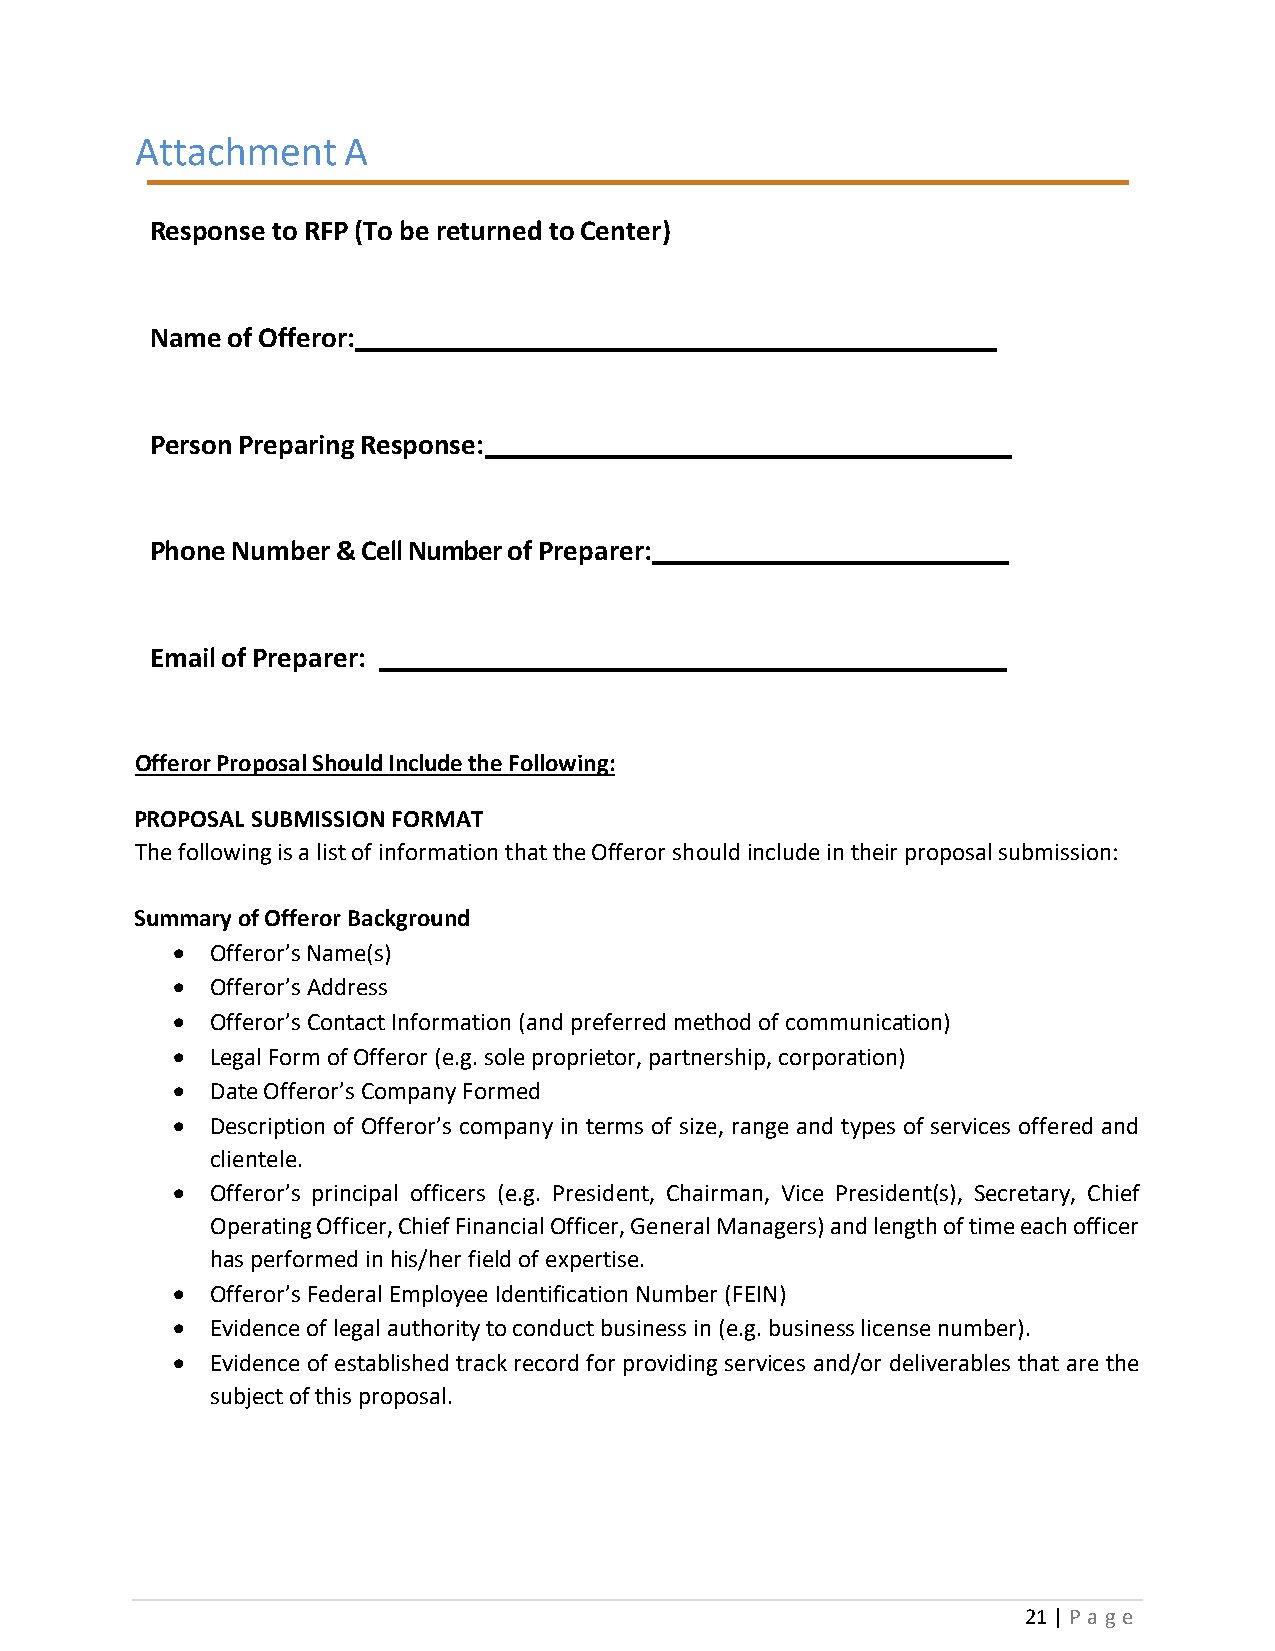
Attachment    A
 Response to RFP (To be returned to Center)
 Name of Offeror:
 Person Preparing Response:
 Phone Number & Cell Number of Preparer:
 Email of Preparer:
 Offeror Proposal Should Include the Following:
 PROPOSAL SUBMISSION FORMAT
 The following is a list of information that the Offeror should include in their proposal submission:
 Summary of Offeror Background
   Offeror’s Name(s)
   Offeror’s Address
   Offeror’s Contact Information (and preferred method of communication)
   Legal Form of Offeror (e.g. sole proprietor, partnership, corporation)
   Date Offeror’s Company Formed
   Description of Offeror’s company in terms of size, range and types of services offered and
 clientele.
   Offeror’s principal officers (e.g. President, Chairman, Vice President(s), Secretary, Chief
 Operating Officer, Chief Financial Officer, General Managers) and length of time each officer
 has performed in his/her field of expertise.
   Offeror’s Federal Employee Identification Number (FEIN)
   Evidence of legal authority to conduct business in (e.g. business license number).
   Evidence of established track record for providing services and/or deliverables that are the
 subject of this proposal.
 21 | P a g e